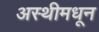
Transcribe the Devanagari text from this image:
अस्थीमधून